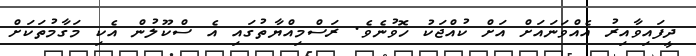
ދީފައިވާއިރު އެއްވަނައަށް އަށް ކުއްޖަކު ހޮވުނެވެ. ރަސްމިއްޔާތުގައި އެ ސްކޫލުން އެކި މަގާމުތަކަށް